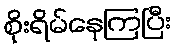
စိုးရိမ်နေကြပြီး